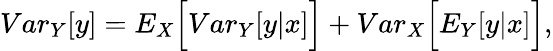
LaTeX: \begin{array}{r}{{Var}_{Y}[y]={E}_{X}\Big[{Var}_{Y}[y|x]\Big]+{Var}_{X}\Big[{E}_{Y}[y|x]\Big],}\end{array}